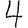
Digit: 4